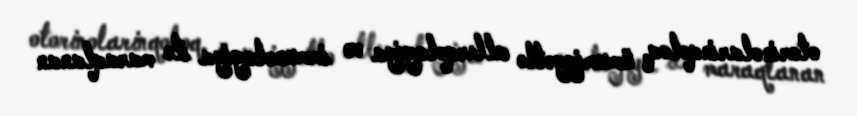
otorinolarinqoloq, ümumiyyətlə allerqologiya və immunologiya ilə maraqlanan